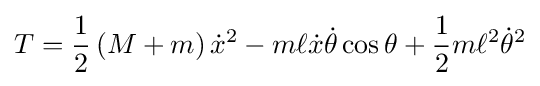
T={\frac {1}{2}}\left(M+m\right){\dot {x}}^{2}-m\ell {\dot {x}}{\dot {\theta }}\cos \theta +{\frac {1}{2}}m\ell ^{2}{\dot {\theta }}^{2}